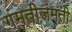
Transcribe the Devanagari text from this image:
गंमतीजंमती